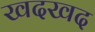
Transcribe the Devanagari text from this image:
खदखद